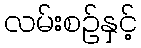
လမ်းစဉ်နှင့်